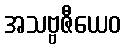
အသဗ္ဗဇီယေဝ